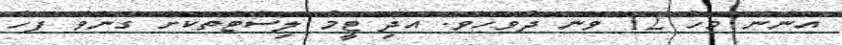
އަންނަ މަހު 12 ވަނަ ދުވަހެވެ. އަދި ޓީމު ލިސްޓްތަކަށް ގެނެވޭ ފަހު